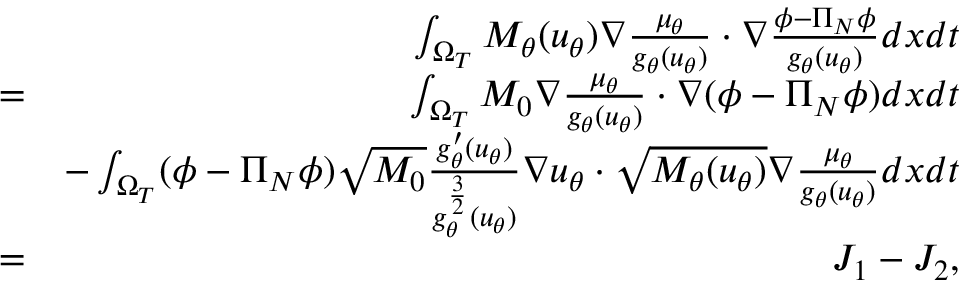
\begin{array} { r l r } & { } & { \int _ { \Omega _ { T } } M _ { \theta } ( u _ { \theta } ) \nabla \frac { \mu _ { \theta } } { g _ { \theta } ( u _ { \theta } ) } \cdot \nabla \frac { \phi - \Pi _ { N } \phi } { g _ { \theta } ( u _ { \theta } ) } d x d t } \\ & { = } & { \int _ { \Omega _ { T } } M _ { 0 } \nabla \frac { \mu _ { \theta } } { g _ { \theta } ( u _ { \theta } ) } \cdot \nabla ( \phi - \Pi _ { N } \phi ) d x d t } \\ & { } & { - \int _ { \Omega _ { T } } ( \phi - \Pi _ { N } \phi ) \sqrt { M _ { 0 } } \frac { g _ { \theta } ^ { \prime } ( u _ { \theta } ) } { g _ { \theta } ^ { \frac { 3 } { 2 } } ( u _ { \theta } ) } \nabla u _ { \theta } \cdot \sqrt { M _ { \theta } ( u _ { \theta } ) } \nabla \frac { \mu _ { \theta } } { g _ { \theta } ( u _ { \theta } ) } d x d t } \\ & { = } & { J _ { 1 } - J _ { 2 } , } \end{array}